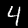
Digit: 4